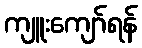
ကျူးကျော်ရန်